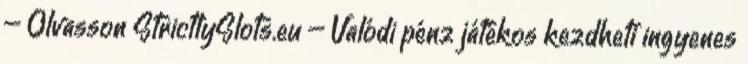
– Olvasson StrictlySlots.eu – Valódi pénz játékos kezdheti ingyenes